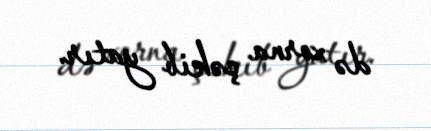
də xorna çəkib yatır.